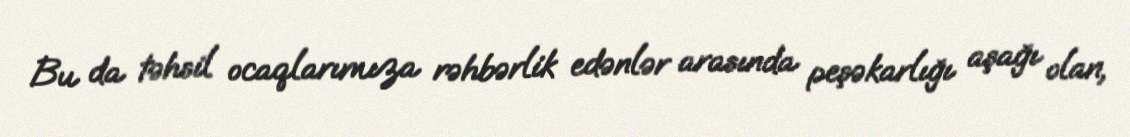
Bu da təhsil ocaqlarımıza rəhbərlik edənlər arasında peşəkarlığı aşağı olan,